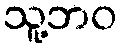
သူ့ဘဝ